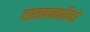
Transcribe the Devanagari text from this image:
हस्तकलाविदों